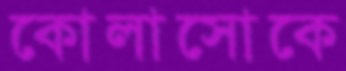
কোলাসোকে